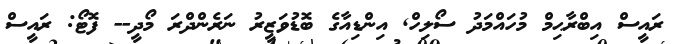
ރައީސް އިބްރާޙިމް މުހައްމަދު ސޯލިހް